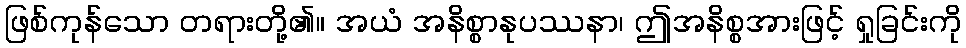
ဖြစ်ကုန်သော တရားတို့၏။ အယံ အနိစ္စာနုပဿနာ၊ ဤအနိစ္စအားဖြင့် ရှုခြင်းကို